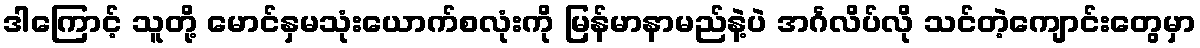
ဒါကြောင့် သူတို့ မောင်နှမသုံးယောက်စလုံးကို မြန်မာနာမည်နဲ့ပဲ အင်္ဂလိပ်လို သင်တဲ့ကျောင်းတွေမှာ